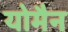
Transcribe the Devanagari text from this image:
योमैन